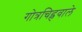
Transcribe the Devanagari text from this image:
गोत्रचिह्नवाले